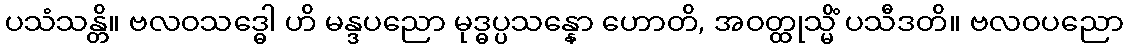
ပသံသန္တိ။ ဗလဝသဒ္ဓေါ ဟိ မန္ဒပညော မုဒ္ဓပ္ပသန္နော ဟောတိ, အဝတ္ထုသ္မိံ ပသီဒတိ။ ဗလဝပညော